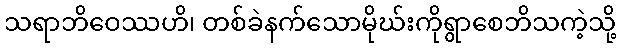
သရာဘိဝေဿဟိ၊ တစ်ခဲနက်သောမိုဃ်းကိုရွာစေဘိသကဲ့သို့